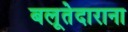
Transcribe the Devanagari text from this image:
बलूतेदाराना